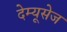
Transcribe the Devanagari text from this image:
देम्यूसेज